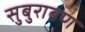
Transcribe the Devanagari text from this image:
सुबुराबण